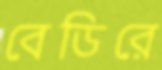
বেডিরে